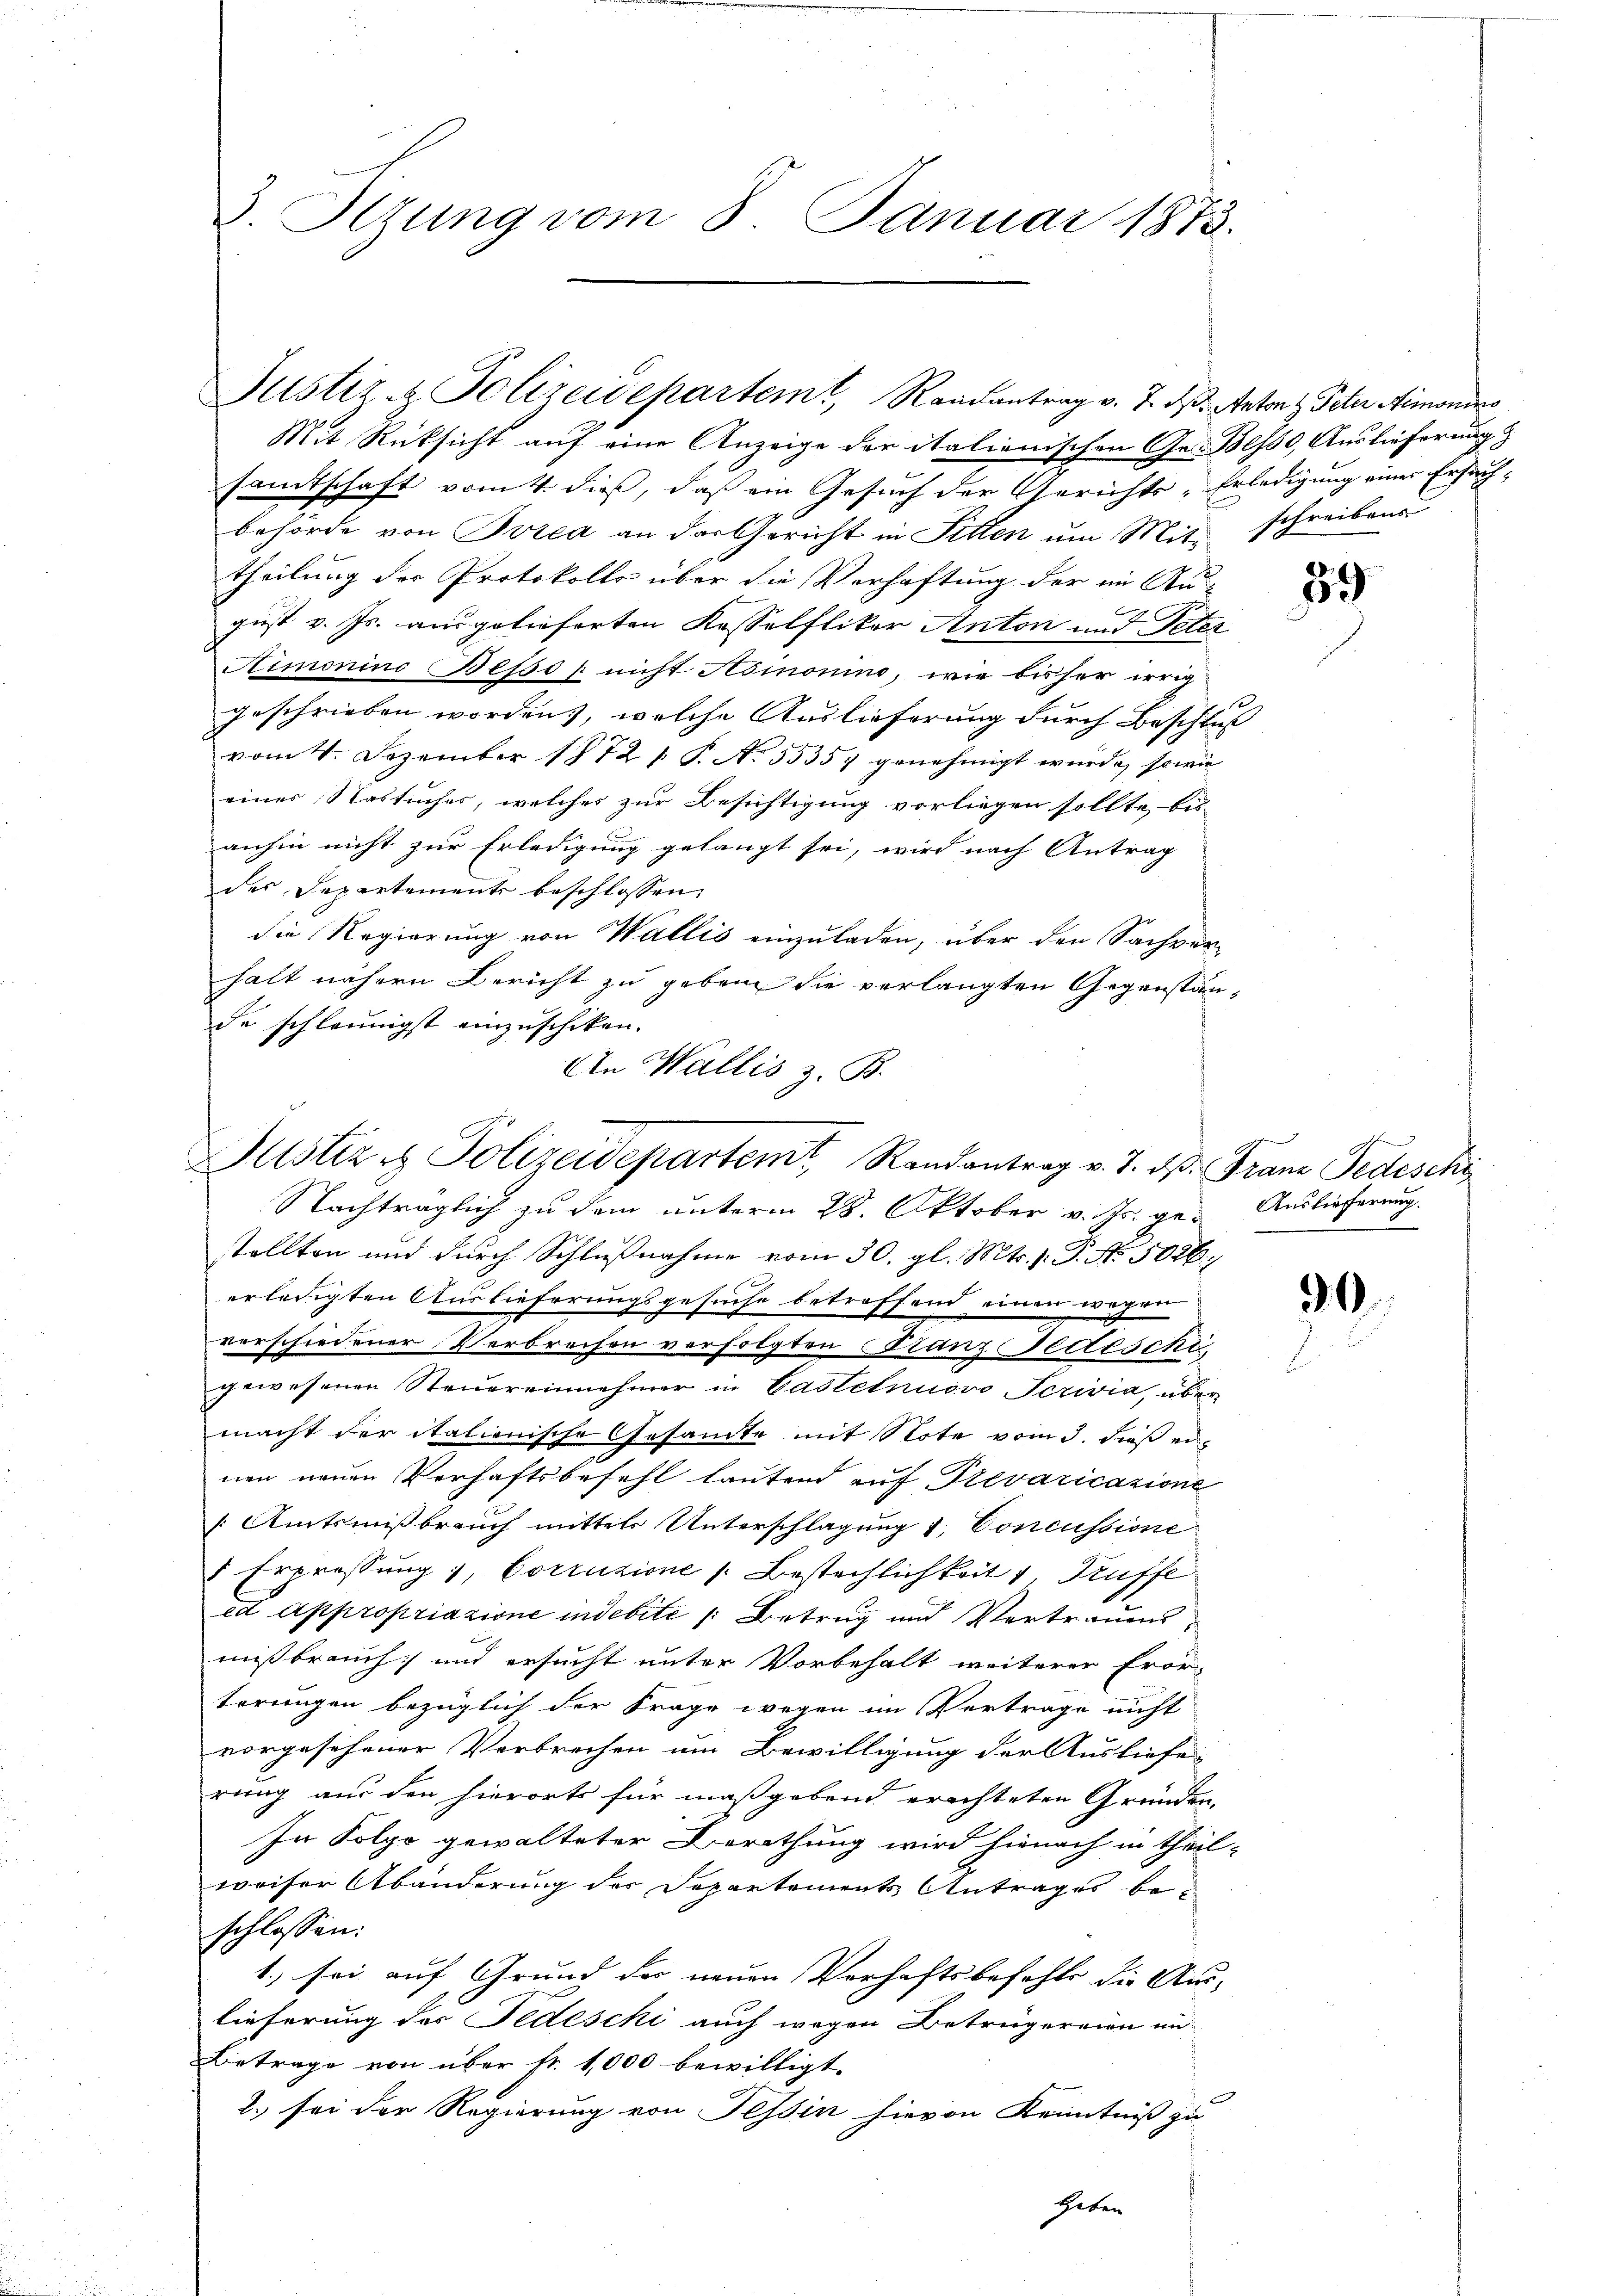
3. Sezung vom 8. Januar 1873.

Justiz & Polizeidepartemt, Romantrag v. 7. ds. Anton Peter Simonier
Mit Rücksicht auf eine Anzeige der italionischen Ges. Besse, Auslieferung &

An Wallis z. B.
Justiz & Polizeidepartem Randantrag v. 7. ds. Franz Pedeschi

samtschaft vom 4. dieß, daß ein Gesuch der Gerichts-Erledigung einer Ersuchbehörde von Brzea an der Gericht in Fitten um Mittheilung der Protokolls über die Verhaftung der in Aus-
gust v. Js. ausgelieferten Kasselfliker Anton und Peter
Atimonino Besso / nicht Asinomino, wie bisher irrig
geschrieben worden, welche Auslieferung durch Beschluß
vom 4. Dezember 1872 /. P. No. 5535; genehmigt wurde, sowie
einer Nastuches, welches zur Besichtigung vorliegen sollte, bis
anhin nicht zur Erledigung gelangt sei, wird nach Antrag
des Departements beschlossen,
die Regierung von Wallis einzuladen, über den Sachver-
halt nähern Bericht zu geben die verlangten Gegenstände schleunigst einzuschiken.
Nachträglich zu dem unterm 28. Oktober v. Js. ge- Auslieferung
stellten und durch Schlußnahme vom 30. gl. Mts. f. P. No. 5026
erledigten Auslieferungsgesuche betreffend einen wegen
verschiedener Verbrechen verfolgten Franz Gedeschigewesenen Steuereinnehmer in Castetnuovo Perivia, über
macht der italienische Gesandte mit Note vom 3. dieß ernen neuen Verhaftsbefehl lautend auf Drevaricazione
Amtsnißbrauch mittels Unterschlagung 1, Concussione
5 Erprossung 1, Corruzione s. Bestechlichkeit 1, Prüffe
ed appropriazione indebite Betrug und Vertrauens
mißbrauch und ersucht unter Vorbehalt weiterer Eror-
terungen bezüglich der Frage wegen im Vertrage nicht
vorgesehener Verbrechen um Bewilligung der Ausliefe
rung aus den hierorts für maßgebend erachteten Gründen,
In Folge gewalteter Berathung wird hienach in theil-
weiser Abänderung der Departements Antrages beschlossen:
1. sei auf Grund der neuen Verhaftsbefehls die Aus-
lieferung des Tedeschi auch wegen Betrügereien in
Betrage von über k. 1,000 bewilligt.
2.) sei der Regierung von Tessin hievon Kenntniß zu
Haben

schreibens

559

d
d

90